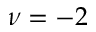
\nu = - 2